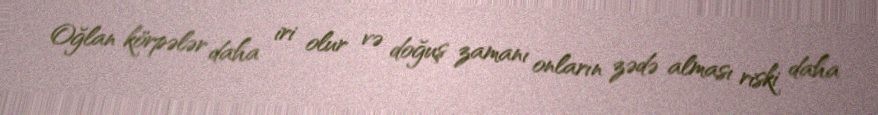
Oğlan körpələr daha iri olur və doğuş zamanı onların zədə alması riski daha